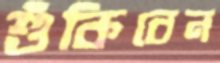
শুঁকিবেন